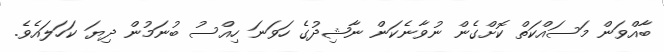
ބާއްވަން މަސައްކަތް ކޮށްގެން ނުވާނެކަން ނާޝިދުގެ ހަވަނަ ހިއްސު ބުނަމުން ދިޔަ ކަހަލައެވެ.